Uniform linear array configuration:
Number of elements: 24
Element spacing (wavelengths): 0.25
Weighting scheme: cosine
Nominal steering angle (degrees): -60
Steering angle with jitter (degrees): -61.662
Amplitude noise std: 0.05
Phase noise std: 0.05

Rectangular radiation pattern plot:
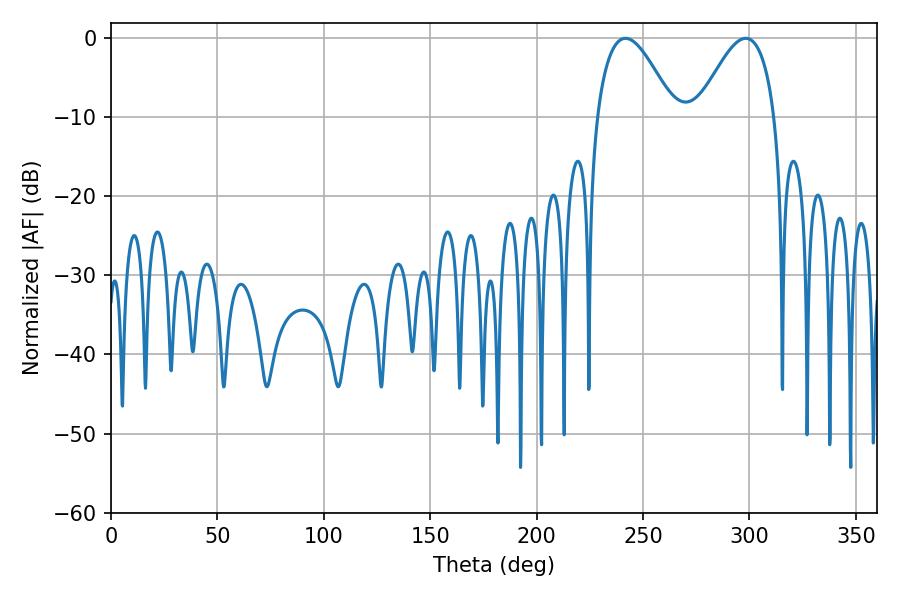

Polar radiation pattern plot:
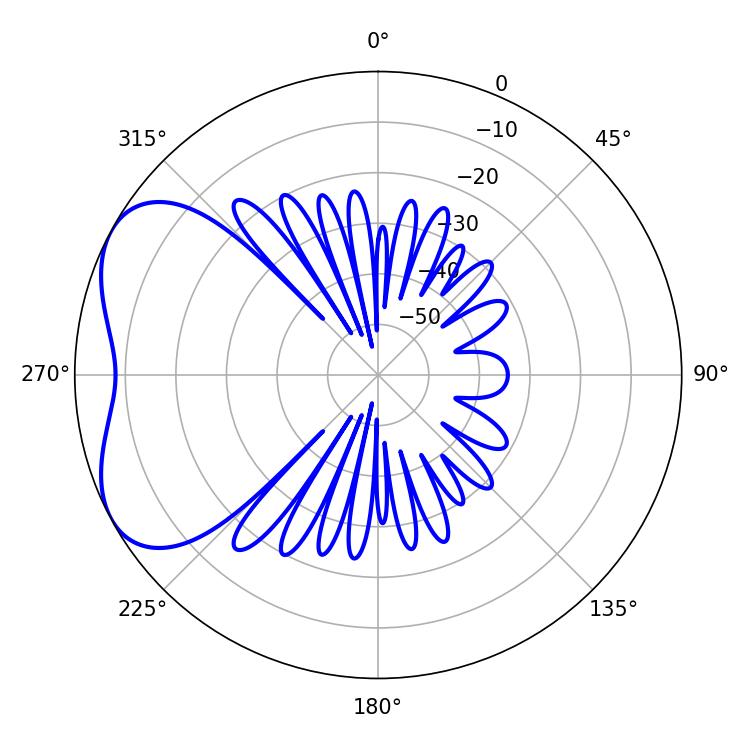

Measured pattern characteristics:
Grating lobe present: FALSE
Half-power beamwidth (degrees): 19.8
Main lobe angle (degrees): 241.74